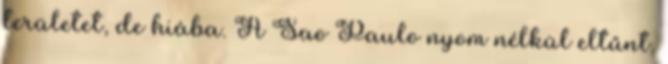
területet, de hiába. A Sao Paulo nyom nélkül eltűnt.